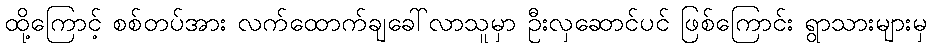
ထို့ကြောင့် စစ်တပ်အား လက်ထောက်ချခေါ်လာသူမှာ ဦးလှဆောင်ပင် ဖြစ်ကြောင်း ရွာသားများမှ